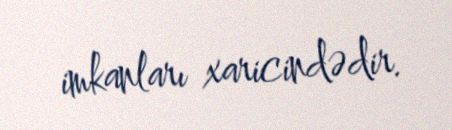
imkanları xaricindədir.